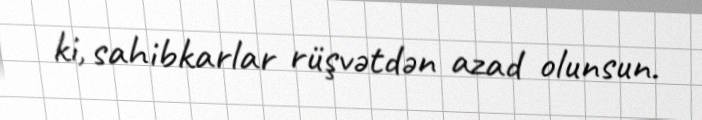
ki, sahibkarlar rüşvətdən azad olunsun.